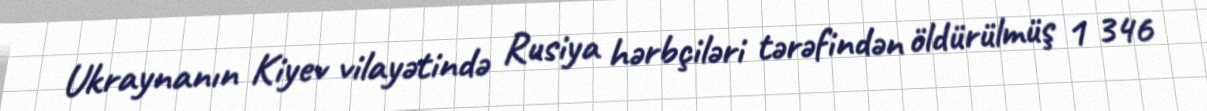
Ukraynanın Kiyev vilayətində Rusiya hərbçiləri tərəfindən öldürülmüş 1 346